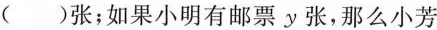
()张；如果小明有邮票y张，那么小芳